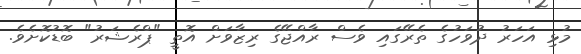
މުޅި އަހަރު ދުވަހުގެ ތެރޭގައި ވެސް ރާއްޖޭގެ ރިޒާވަށް އޮތީ "ޕްރެޝަރު" ބޮޑުކޮށެވެ.